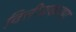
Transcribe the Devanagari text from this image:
वित्तीयकरण